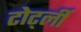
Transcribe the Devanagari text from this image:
टोर्ट्ली